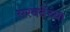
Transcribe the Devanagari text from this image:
सरवदेंच्या